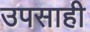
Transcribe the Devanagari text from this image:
उपसाही